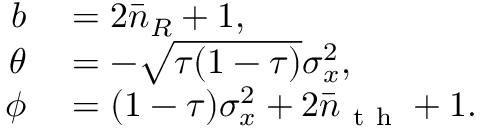
\begin{array} { r l } { b } & { { } = 2 \bar { n } _ { R } + 1 , } \\ { \theta } & { { } = - \sqrt { \tau ( 1 - \tau ) } \sigma _ { x } ^ { 2 } , } \\ { \phi } & { { } = ( 1 - \tau ) \sigma _ { x } ^ { 2 } + 2 \bar { n } _ { \mathrm { ~ t ~ h ~ } } + 1 . } \end{array}